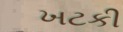
ખટકી